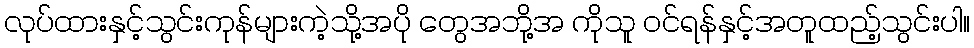
လုပ်ထားနှင့်သွင်းကုန်များကဲ့သို့အပို တွေအဘို့အ ကိုသူ ဝင်ရန်နှင့်အတူထည့်သွင်းပါ။